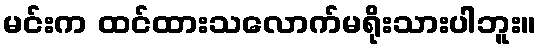
မင်းက ထင်ထားသလောက်မရိုးသားပါဘူး။